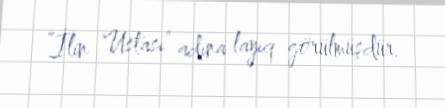
”İlin Ustası” adına layiq görülmüşdür.